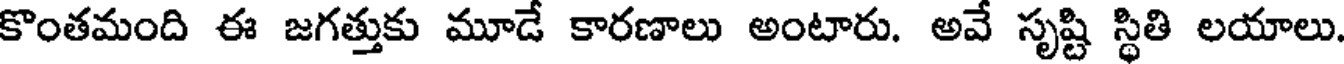
కొంతమంది ఈ జగత్తుకు మూడే కారణాలు అంటారు. అవే సృష్టి స్థితి లయాలు.